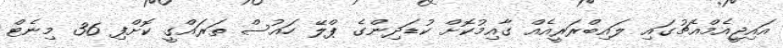
އައިޖީއެމްއެޗުގައި ލައިބްރަރީއެއް ގާއިމުކޮށް ކުޑަދިންގެ ޕްލޭ ހައުސް ތަރައްގީ ކޮށްފި 36 މިނެޓް